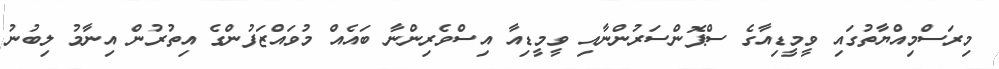
މިރަސްމިއްޔާތުގައި ވީމީޑިއާގެ ސްޕޮންސަރުންނާއި ވީމީޑިއާ އިސްވެެރިންނާ ބައެއް މުވައްޒަފުންގެ އިތުރުން އިނާމު ލިބުނު